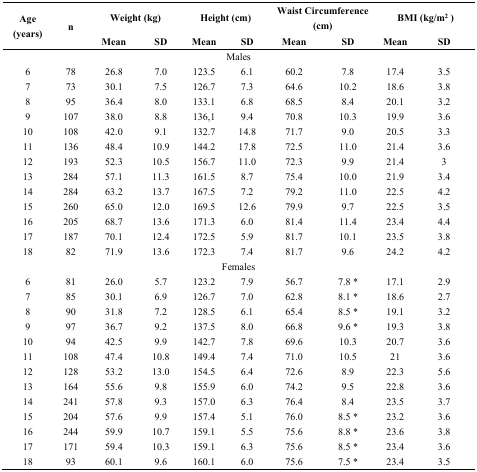
<table><thead><tr><td rowspan="2"><b>Age (years)</b></td><td rowspan="2"><b>n</b></td><td colspan="2"><b>Weight (kg)</b></td><td colspan="2"><b>Height (cm)</b></td><td colspan="2"><b>Waist Circumference (cm)</b></td><td colspan="2"><b>BMI (kg/m<sup>2</sup>)</b></td></tr><tr><td><b>Mean</b></td><td><b>SD</b></td><td><b>Mean</b></td><td><b>SD</b></td><td><b>Mean</b></td><td><b>SD</b></td><td><b>Mean</b></td><td><b>SD</b></td></tr></thead><tbody><tr><td colspan="10">Males</td></tr><tr><td>6</td><td>78</td><td>26.8</td><td>7.0</td><td>123.5</td><td>6.1</td><td>60.2</td><td>7.8</td><td>17.4</td><td>3.5</td></tr><tr><td>7</td><td>73</td><td>30.1</td><td>7.5</td><td>126.7</td><td>7.3</td><td>64.6</td><td>10.2</td><td>18.6</td><td>3.8</td></tr><tr><td>8</td><td>95</td><td>36.4</td><td>8.0</td><td>133.1</td><td>6.8</td><td>68.5</td><td>8.4</td><td>20.1</td><td>3.2</td></tr><tr><td>9</td><td>107</td><td>38.0</td><td>8.8</td><td>136,1</td><td>9.4</td><td>70.8</td><td>10.3</td><td>19.9</td><td>3.6</td></tr><tr><td>10</td><td>108</td><td>42.0</td><td>9.1</td><td>132.7</td><td>14.8</td><td>71.7</td><td>9.0</td><td>20.5</td><td>3.3</td></tr><tr><td>11</td><td>136</td><td>48.4</td><td>10.9</td><td>144.2</td><td>17.8</td><td>72.5</td><td>11.0</td><td>21.4</td><td>3.6</td></tr><tr><td>12</td><td>193</td><td>52.3</td><td>10.5</td><td>156.7</td><td>11.0</td><td>72.3</td><td>9.9</td><td>21.4</td><td>3</td></tr><tr><td>13</td><td>284</td><td>57.1</td><td>11.3</td><td>161.5</td><td>8.7</td><td>75.4</td><td>10.0</td><td>21.9</td><td>3.4</td></tr><tr><td>14</td><td>284</td><td>63.2</td><td>13.7</td><td>167.5</td><td>7.2</td><td>79.2</td><td>11.0</td><td>22.5</td><td>4.2</td></tr><tr><td>15</td><td>260</td><td>65.0</td><td>12.0</td><td>169.5</td><td>12.6</td><td>79.9</td><td>9.7</td><td>22.5</td><td>3.5</td></tr><tr><td>16</td><td>205</td><td>68.7</td><td>13.6</td><td>171.3</td><td>6.0</td><td>81.4</td><td>11.4</td><td>23.4</td><td>4.4</td></tr><tr><td>17</td><td>187</td><td>70.1</td><td>12.4</td><td>172.5</td><td>5.9</td><td>81.7</td><td>10.1</td><td>23.5</td><td>3.8</td></tr><tr><td>18</td><td>82</td><td>71.9</td><td>13.6</td><td>172.3</td><td>7.4</td><td>81.7</td><td>9.6</td><td>24.2</td><td>4.2</td></tr><tr><td colspan="10">Females</td></tr><tr><td>6</td><td>81</td><td>26.0</td><td>5.7</td><td>123.2</td><td>7.9</td><td>56.7</td><td>7.8 *</td><td>17.1</td><td>2.9</td></tr><tr><td>7</td><td>85</td><td>30.1</td><td>6.9</td><td>126.7</td><td>7.0</td><td>62.8</td><td>8.1 *</td><td>18.6</td><td>2.7</td></tr><tr><td>8</td><td>90</td><td>31.8</td><td>7.2</td><td>128.5</td><td>6.1</td><td>65.4</td><td>8.5 *</td><td>19.1</td><td>3.2</td></tr><tr><td>9</td><td>97</td><td>36.7</td><td>9.2</td><td>137.5</td><td>8.0</td><td>66.8</td><td>9.6 *</td><td>19.3</td><td>3.8</td></tr><tr><td>10</td><td>94</td><td>42.5</td><td>9.9</td><td>142.7</td><td>7.8</td><td>69.6</td><td>10.3</td><td>20.7</td><td>3.6</td></tr><tr><td>11</td><td>108</td><td>47.4</td><td>10.8</td><td>149.4</td><td>7.4</td><td>71.0</td><td>10.5</td><td>21</td><td>3.6</td></tr><tr><td>12</td><td>128</td><td>53.2</td><td>13.0</td><td>154.5</td><td>6.4</td><td>72.6</td><td>8.9</td><td>22.3</td><td>5.6</td></tr><tr><td>13</td><td>164</td><td>55.6</td><td>9.8</td><td>155.9</td><td>6.0</td><td>74.2</td><td>9.5</td><td>22.8</td><td>3.6</td></tr><tr><td>14</td><td>241</td><td>57.8</td><td>9.3</td><td>157.0</td><td>6.3</td><td>76.4</td><td>8.4</td><td>23.5</td><td>3.7</td></tr><tr><td>15</td><td>204</td><td>57.6</td><td>9.9</td><td>157.4</td><td>5.1</td><td>76.0</td><td>8.5 *</td><td>23.2</td><td>3.6</td></tr><tr><td>16</td><td>244</td><td>59.9</td><td>10.7</td><td>159.1</td><td>5.5</td><td>75.6</td><td>8.8 *</td><td>23.6</td><td>3.8</td></tr><tr><td>17</td><td>171</td><td>59.4</td><td>10.3</td><td>159.1</td><td>6.3</td><td>75.6</td><td>8.5 *</td><td>23.4</td><td>3.6</td></tr><tr><td>18</td><td>93</td><td>60.1</td><td>9.6</td><td>160.1</td><td>6.0</td><td>75.6</td><td>7.5 *</td><td>23.4</td><td>3.5</td></tr></tbody></table>